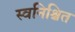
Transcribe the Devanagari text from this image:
स्वनिश्चित